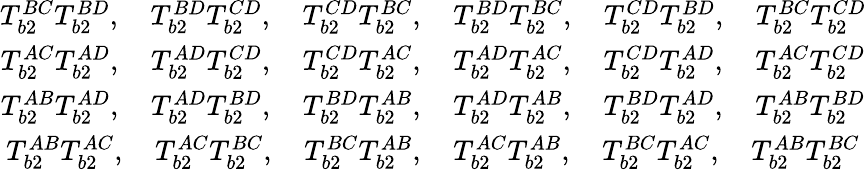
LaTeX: \begin{array}{cc}{T_{b2}^{BC}T_{b2}^{BD},\quad T_{b2}^{BD}T_{b2}^{CD},\quad T_{b2}^{CD}T_{b2}^{BC},\quad T_{b2}^{BD}T_{b2}^{BC},\quad T_{b2}^{CD}T_{b2}^{BD},\quad T_{b2}^{BC}T_{b2}^{CD}}\\ {T_{b2}^{AC}T_{b2}^{AD},\quad T_{b2}^{AD}T_{b2}^{CD},\quad T_{b2}^{CD}T_{b2}^{AC},\quad T_{b2}^{AD}T_{b2}^{AC},\quad T_{b2}^{CD}T_{b2}^{AD},\quad T_{b2}^{AC}T_{b2}^{CD}}\\ {T_{b2}^{AB}T_{b2}^{AD},\quad T_{b2}^{AD}T_{b2}^{BD},\quad T_{b2}^{BD}T_{b2}^{AB},\quad T_{b2}^{AD}T_{b2}^{AB},\quad T_{b2}^{BD}T_{b2}^{AD},\quad T_{b2}^{AB}T_{b2}^{BD}}\\ {T_{b2}^{AB}T_{b2}^{AC},\quad T_{b2}^{AC}T_{b2}^{BC},\quad T_{b2}^{BC}T_{b2}^{AB},\quad T_{b2}^{AC}T_{b2}^{AB},\quad T_{b2}^{BC}T_{b2}^{AC},\quad T_{b2}^{AB}T_{b2}^{BC}}\end{array}